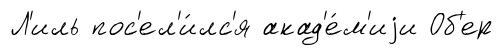
Л'иль пос'ел'и́лс'я акад'е́м'иjи Об'ер